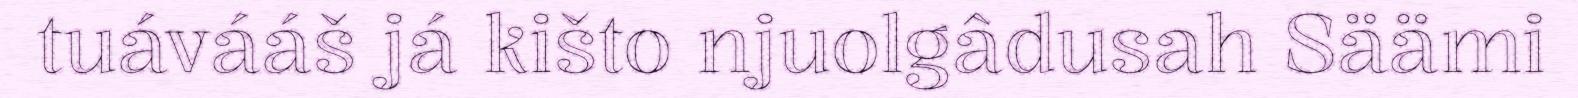
tuávááš já kišto njuolgâdusah Säämi